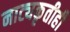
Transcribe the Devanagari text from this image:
नाट्यकृतीही